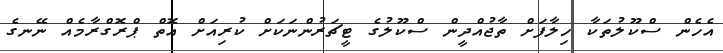
އެހެން ސްކޫލުތަކާ ހިލާފަށް ތާޖުއްދީން ސްކޫލުގެ ޓީޗަރުންނަކަށް ކުރިއަށް އޮތް ޕްރޮގްރާމެއް ނޭނގެ